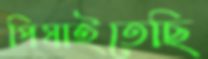
পিষাইতেছি